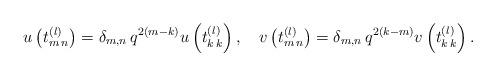
LaTeX: \begin{align*}u\left(t^{(l)}_{m\,n}\right) =\delta_{m,n}\, q^{2(m-k)} u\left(t^{(l)}_{k\,k}\right),\quad v\left(t^{(l)}_{m\,n}\right) =\delta_{m,n}\, q^{2(k-m)} v\left(t^{(l)}_{k\,k}\right) .\end{align*}